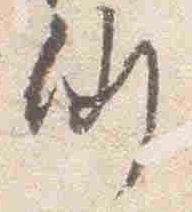
例